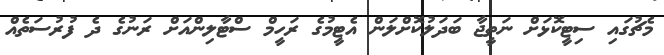
މެޗުގައި ސިޓީކޮޅަށް ނަތީޖާ ބަދަލުކޮށްލަން އެޓީމުގެ ރަހީމް ސްޓާލިންއަށް ރަނުގެ ދެ ފުރުސަތެއް